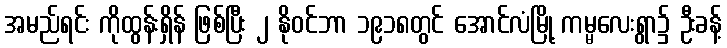
အမည်ရင်း ကိုထွန်းရှိန် ဖြစ်ပြီး ၂ နိုဝင်ဘာ ၁၉၁၈တွင် အောင်လံမြို့ ကမ္မလေးရွာ၌ ဦးခန့်